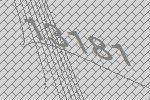
13181